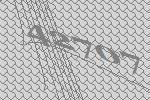
42707